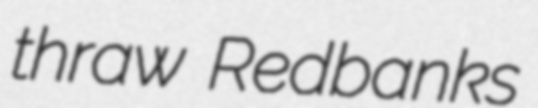
thraw Redbanks